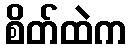
စိတ်ထဲက